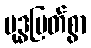
ဗုဒ္ဓမြတ်စွာ